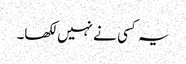
یہ کسی نے نہیں لکھا۔